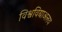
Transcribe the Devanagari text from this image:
विश्वविद्याअलय